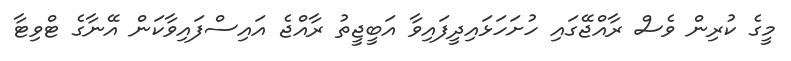
މީގެ ކުރިން ވެސް ރާއްޖޭގައި ހުށަހަޅައިދީފައިވާ އަބީޖީތު ރާއްޖެ އައިސްފައިވާކަން އޭނާގެ ޓްވިޓާ